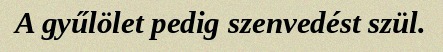
A gyűlölet pedig szenvedést szül.